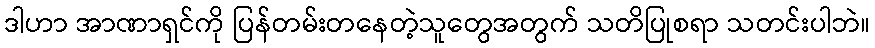
ဒါဟာ အာဏာရှင်ကို ပြန်တမ်းတနေတဲ့သူတွေအတွက် သတိပြုစရာ သတင်းပါဘဲ။